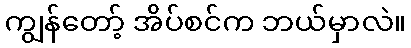
ကျွန်တော့် အိပ်စင်က ဘယ်မှာလဲ။